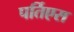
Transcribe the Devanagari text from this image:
पर्तिएस